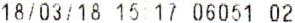
18/03/18 15:17 06051 02